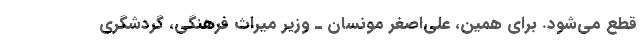
قطع می‌شود. برای همین، علی‌اصغر مونسان ـ وزیر میراث فرهنگی، گردشگری